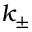
k _ { \pm }